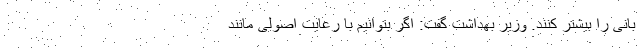
بانی را بیشتر کنند. وزیر بهداشت گفت: اگر بتوانیم با رعایت اصولی مانند